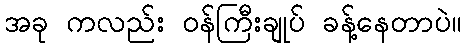
အခု ကလည်း ဝန်ကြီးချုပ် ခန့်နေတာပဲ။